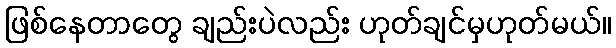
ဖြစ်နေတာတွေ ချည်းပဲလည်း ဟုတ်ချင်မှဟုတ်မယ်။